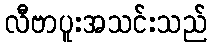
လီဗာပူးအသင်းသည်